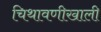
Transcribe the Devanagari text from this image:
चिथावणीखाली